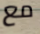
مع